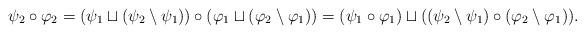
LaTeX: \begin{align*}\psi_2 \circ \varphi_2 = (\psi_1 \sqcup (\psi_2 \setminus \psi_1)) \circ (\varphi_1 \sqcup (\varphi_2 \setminus \varphi_1)) = (\psi_1 \circ \varphi_1) \sqcup ((\psi_2 \setminus \psi_1) \circ (\varphi_2 \setminus \varphi_1)).\end{align*}